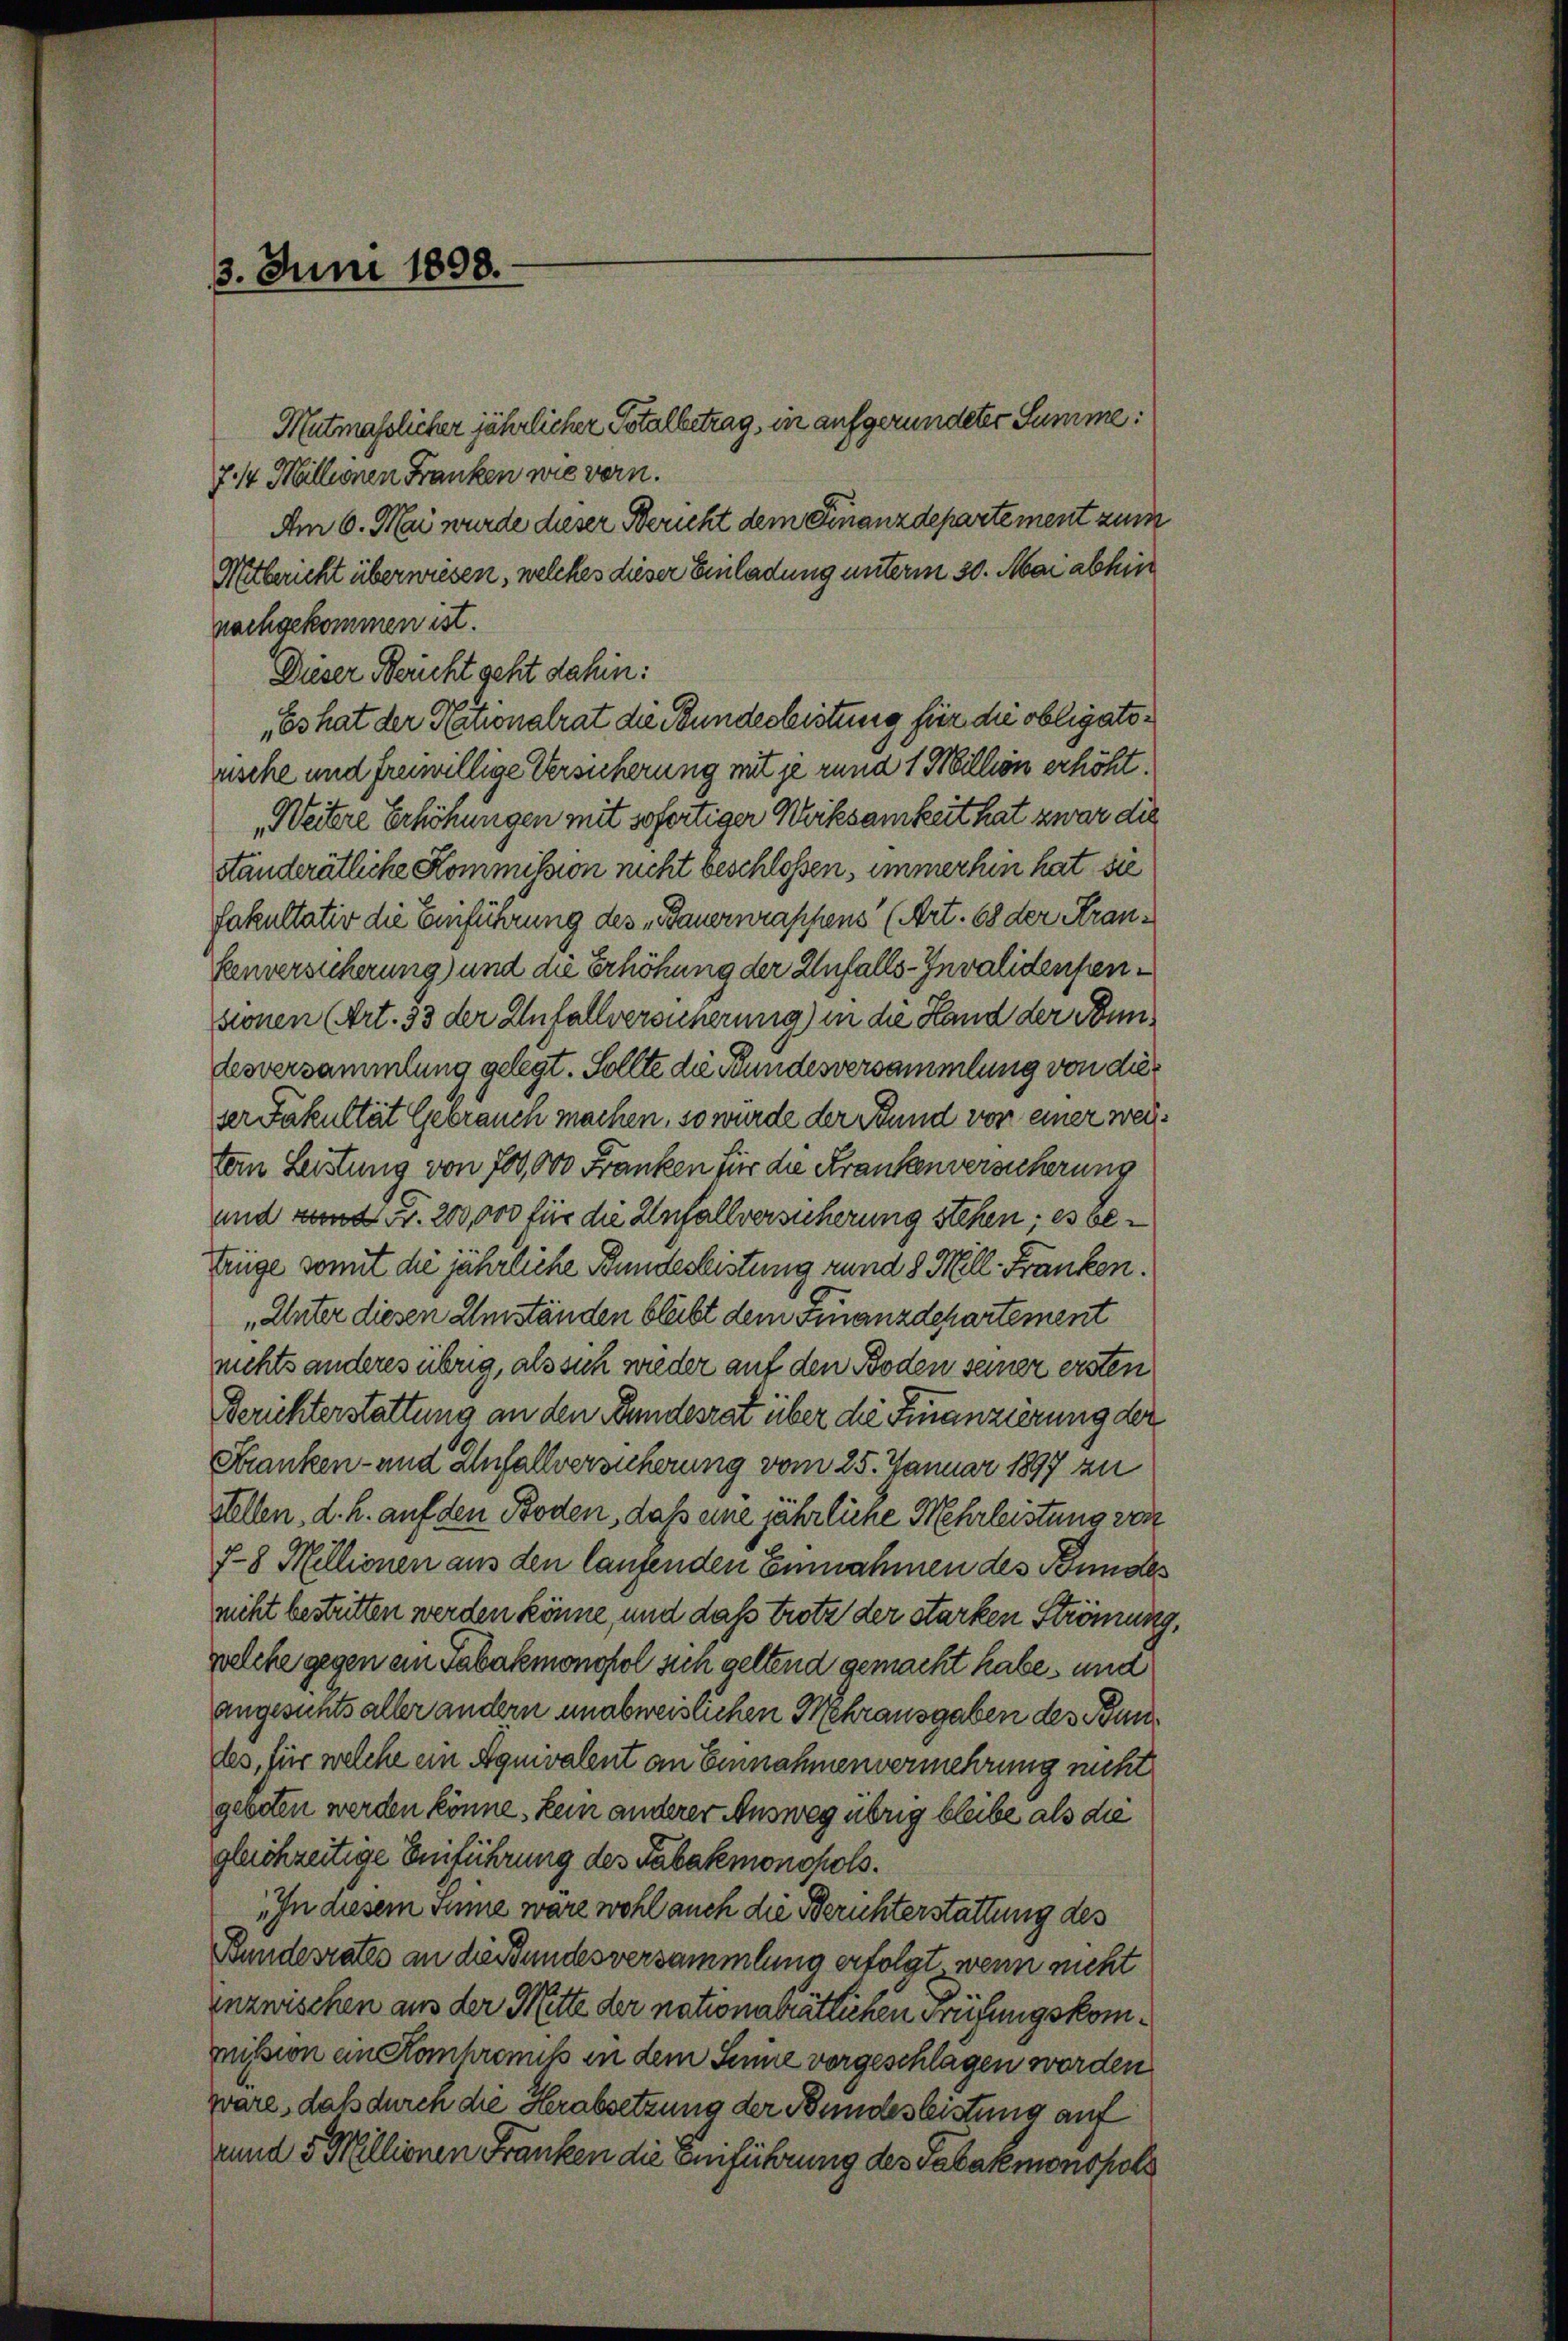
3. Juni 1898.

Mutmasslicher jährlicher Totalbetrag, in aufgeründeter Summe:
7 1/4 Millionen Franken wie vern.
Am 6. Mai wurde dieser Bericht dem Finanzdepartement zum
Mitbericht überwiesen, welches dieser Einladung unterm 30. Mai abhin
nachgekommen ist.
Dieser Bericht geht dahin:
„Es hat der Nationalrat die Bundesleistung für die obligatorsche und freiwillige Versicherung mit je rund 1 Million erhöht.
„Weitere Erhöhungen mit sofertiger Werksamkeit hat zwar die
ständerätliche Kommission nicht beschlossen, immerhin hat sie
fakultativ die Einführung des „Bauernraphens (Art. 68 der Kran¬
Henversicherung) und die Erhöhung der Unfalls-Invalidensensionen (Art. 33 der Zufallversucherung) in die Hand der Bunlesversammlung gelegt. Sollte die Bundesversammlung von dies
ser Fakultät Gebrauch machen, so wurde der Bund von einer weitem Leistung von 700,000 Franken für die Krankenversicherung
und rund 4. 200,000 für die Unfallversicherung stehen; es befrüge somit die jährliche Bundesleistung rund 8 Meill Franken.
„Unter diesen Umständen bleibt dem Finanzdepartement
nichts anderes übrig, als sich wieder auf den Boden seiner ersten
Berichterstattung an den Bundesrat über die Finanzierung der
Franken- und Anfallversicherung vom 25. Januar 1897 zu
Stellen, d. h. auf den Boden, daß eine jährliche Mehrleistung von
7-8 Millionen aus den laufenden Einnahmen des Bundes
nicht bestritten werden könne, und daß trotz der starken Strömung
welche gegen ein Tabakmonopol sich geltend gemacht habe, und
angesichts aller andern unabweislichen Mehrausgaben des Bundes, für welche ein Äquivalent an Einnahmenvermehrung nicht
geboten werden könne, kein anderer Ausweg übrig bleibe als die
gleichzeitige Einführung des Tabakmonopols.
„In diesem Sinne wäre wohl auch die Berichterstattung des
Bundesrates an die Bundesversammlung erfolgt, wenn nicht
Inzwischen aus der Mitte der nationalrätlichen Prüfungskommission ein Kohronik in dem Sinne vorgeschlagen worden
ware, daß durch die Herabsetzung der Bundesleistung auf
rund 5 Millionen Franken die Beiführung des Tabakmonopols